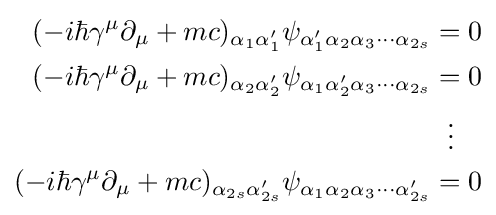
{\begin{aligned}(-i\hbar \gamma ^{\mu }\partial _{\mu }+mc)_{\alpha _{1}\alpha _{1}'}\psi _{\alpha '_{1}\alpha _{2}\alpha _{3}\cdots \alpha _{2s}}&=0\\(-i\hbar \gamma ^{\mu }\partial _{\mu }+mc)_{\alpha _{2}\alpha _{2}'}\psi _{\alpha _{1}\alpha '_{2}\alpha _{3}\cdots \alpha _{2s}}&=0\\&\;\;\vdots \\(-i\hbar \gamma ^{\mu }\partial _{\mu }+mc)_{\alpha _{2s}\alpha '_{2s}}\psi _{\alpha _{1}\alpha _{2}\alpha _{3}\cdots \alpha '_{2s}}&=0\end{aligned}}